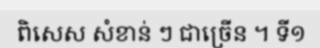
ពិសេស សំខាន់ ៗ ជាច្រើន ។ ទី១